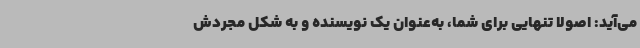
می‌آید: اصولاً تنهایی برای شما، به‌عنوان یک نویسنده و به شکل مجردش